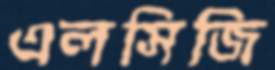
এলসিজি